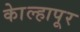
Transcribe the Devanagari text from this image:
काेेल्हापूर